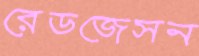
রেডজেসন